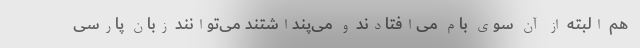
هم البته از آن سوی بام می‌افتادند و می‌پنداشتند می‌توانند زبان پارسی